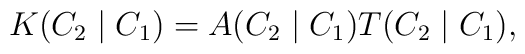
K(C_2\mid C_1)=A(C_2\mid C_1)T(C_2\mid C_1),